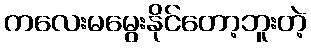
ကလေးမမွေးနိုင်တော့ဘူးတဲ့